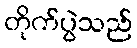
တိုက်ပွဲသည်